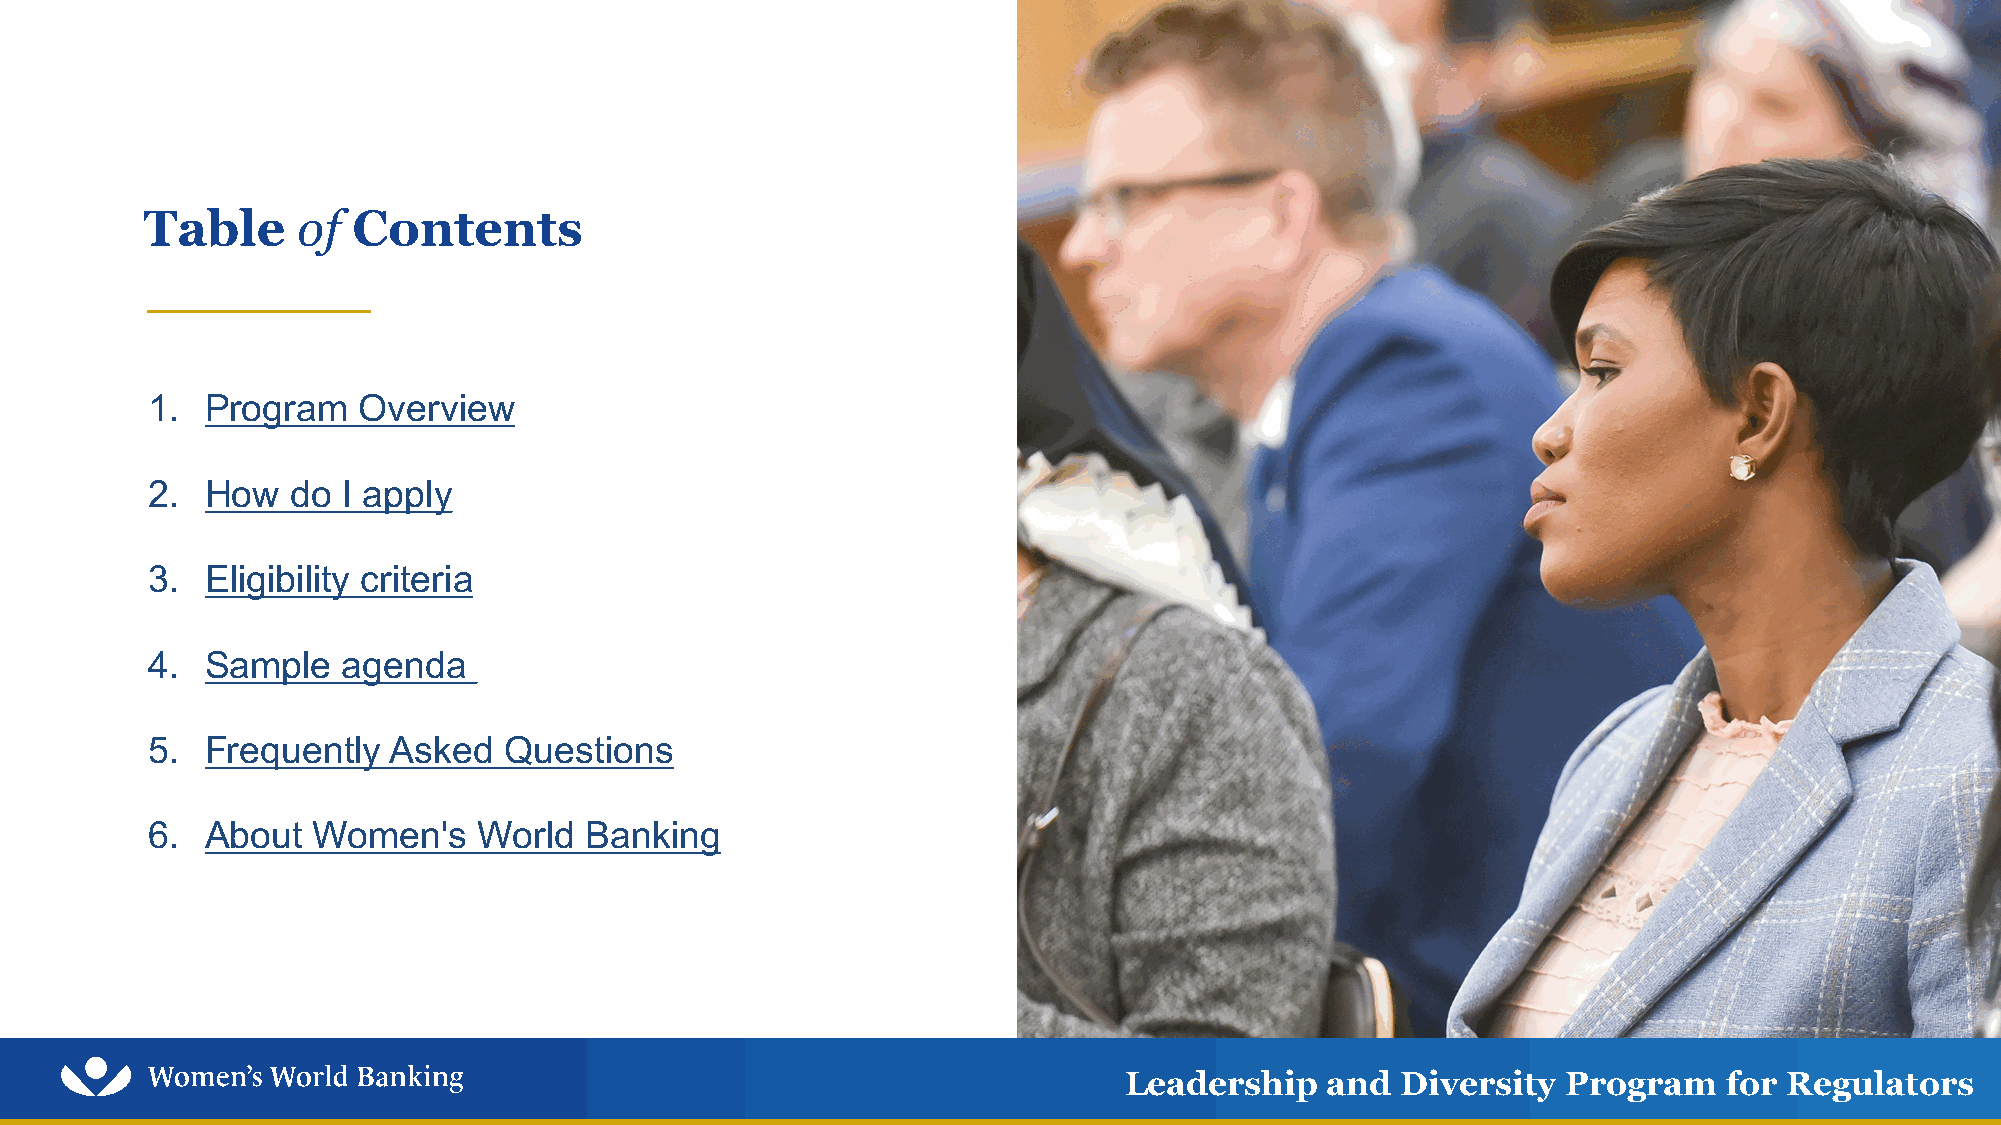
Table      of Contents
 1.  Program   Overview
 2.  How  do  I apply
 3.  Eligibility criteria
 4.  Sample   agenda
 5.  Frequently  Asked  Questions
 6.  About  Women's    World  Banking
 Leadership    and  Diversity  Program   for Regulators